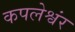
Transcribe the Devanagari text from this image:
कपलेश्वंर